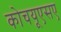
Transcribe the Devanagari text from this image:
कोचयूएसए